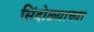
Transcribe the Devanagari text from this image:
सिंदोळ्याच्या